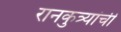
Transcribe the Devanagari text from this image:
रानकुत्र्यांची